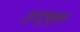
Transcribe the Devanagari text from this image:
इन्ट्राप्लुरल